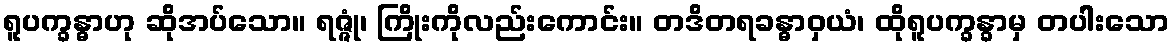
ရူပက္ခန္ဓာဟု ဆိုအပ်သော။ ရဇ္ဇုံ၊ ကြိုးကိုလည်းကောင်း။ တဒိတရခန္ဓာဝှယံ၊ ထိုရူပက္ခန္ခာမှ တပါးသော